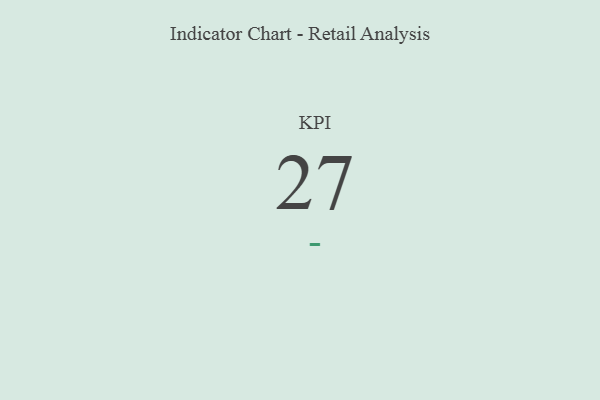
{"axis": {"x": "KPI", "y": "Value"}, "legend": [""], "data": [{"x": "KPI", "y": 27, "type": ""}]}